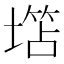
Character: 𱗲